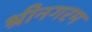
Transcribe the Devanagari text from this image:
श्रीनगरम